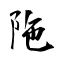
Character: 陁